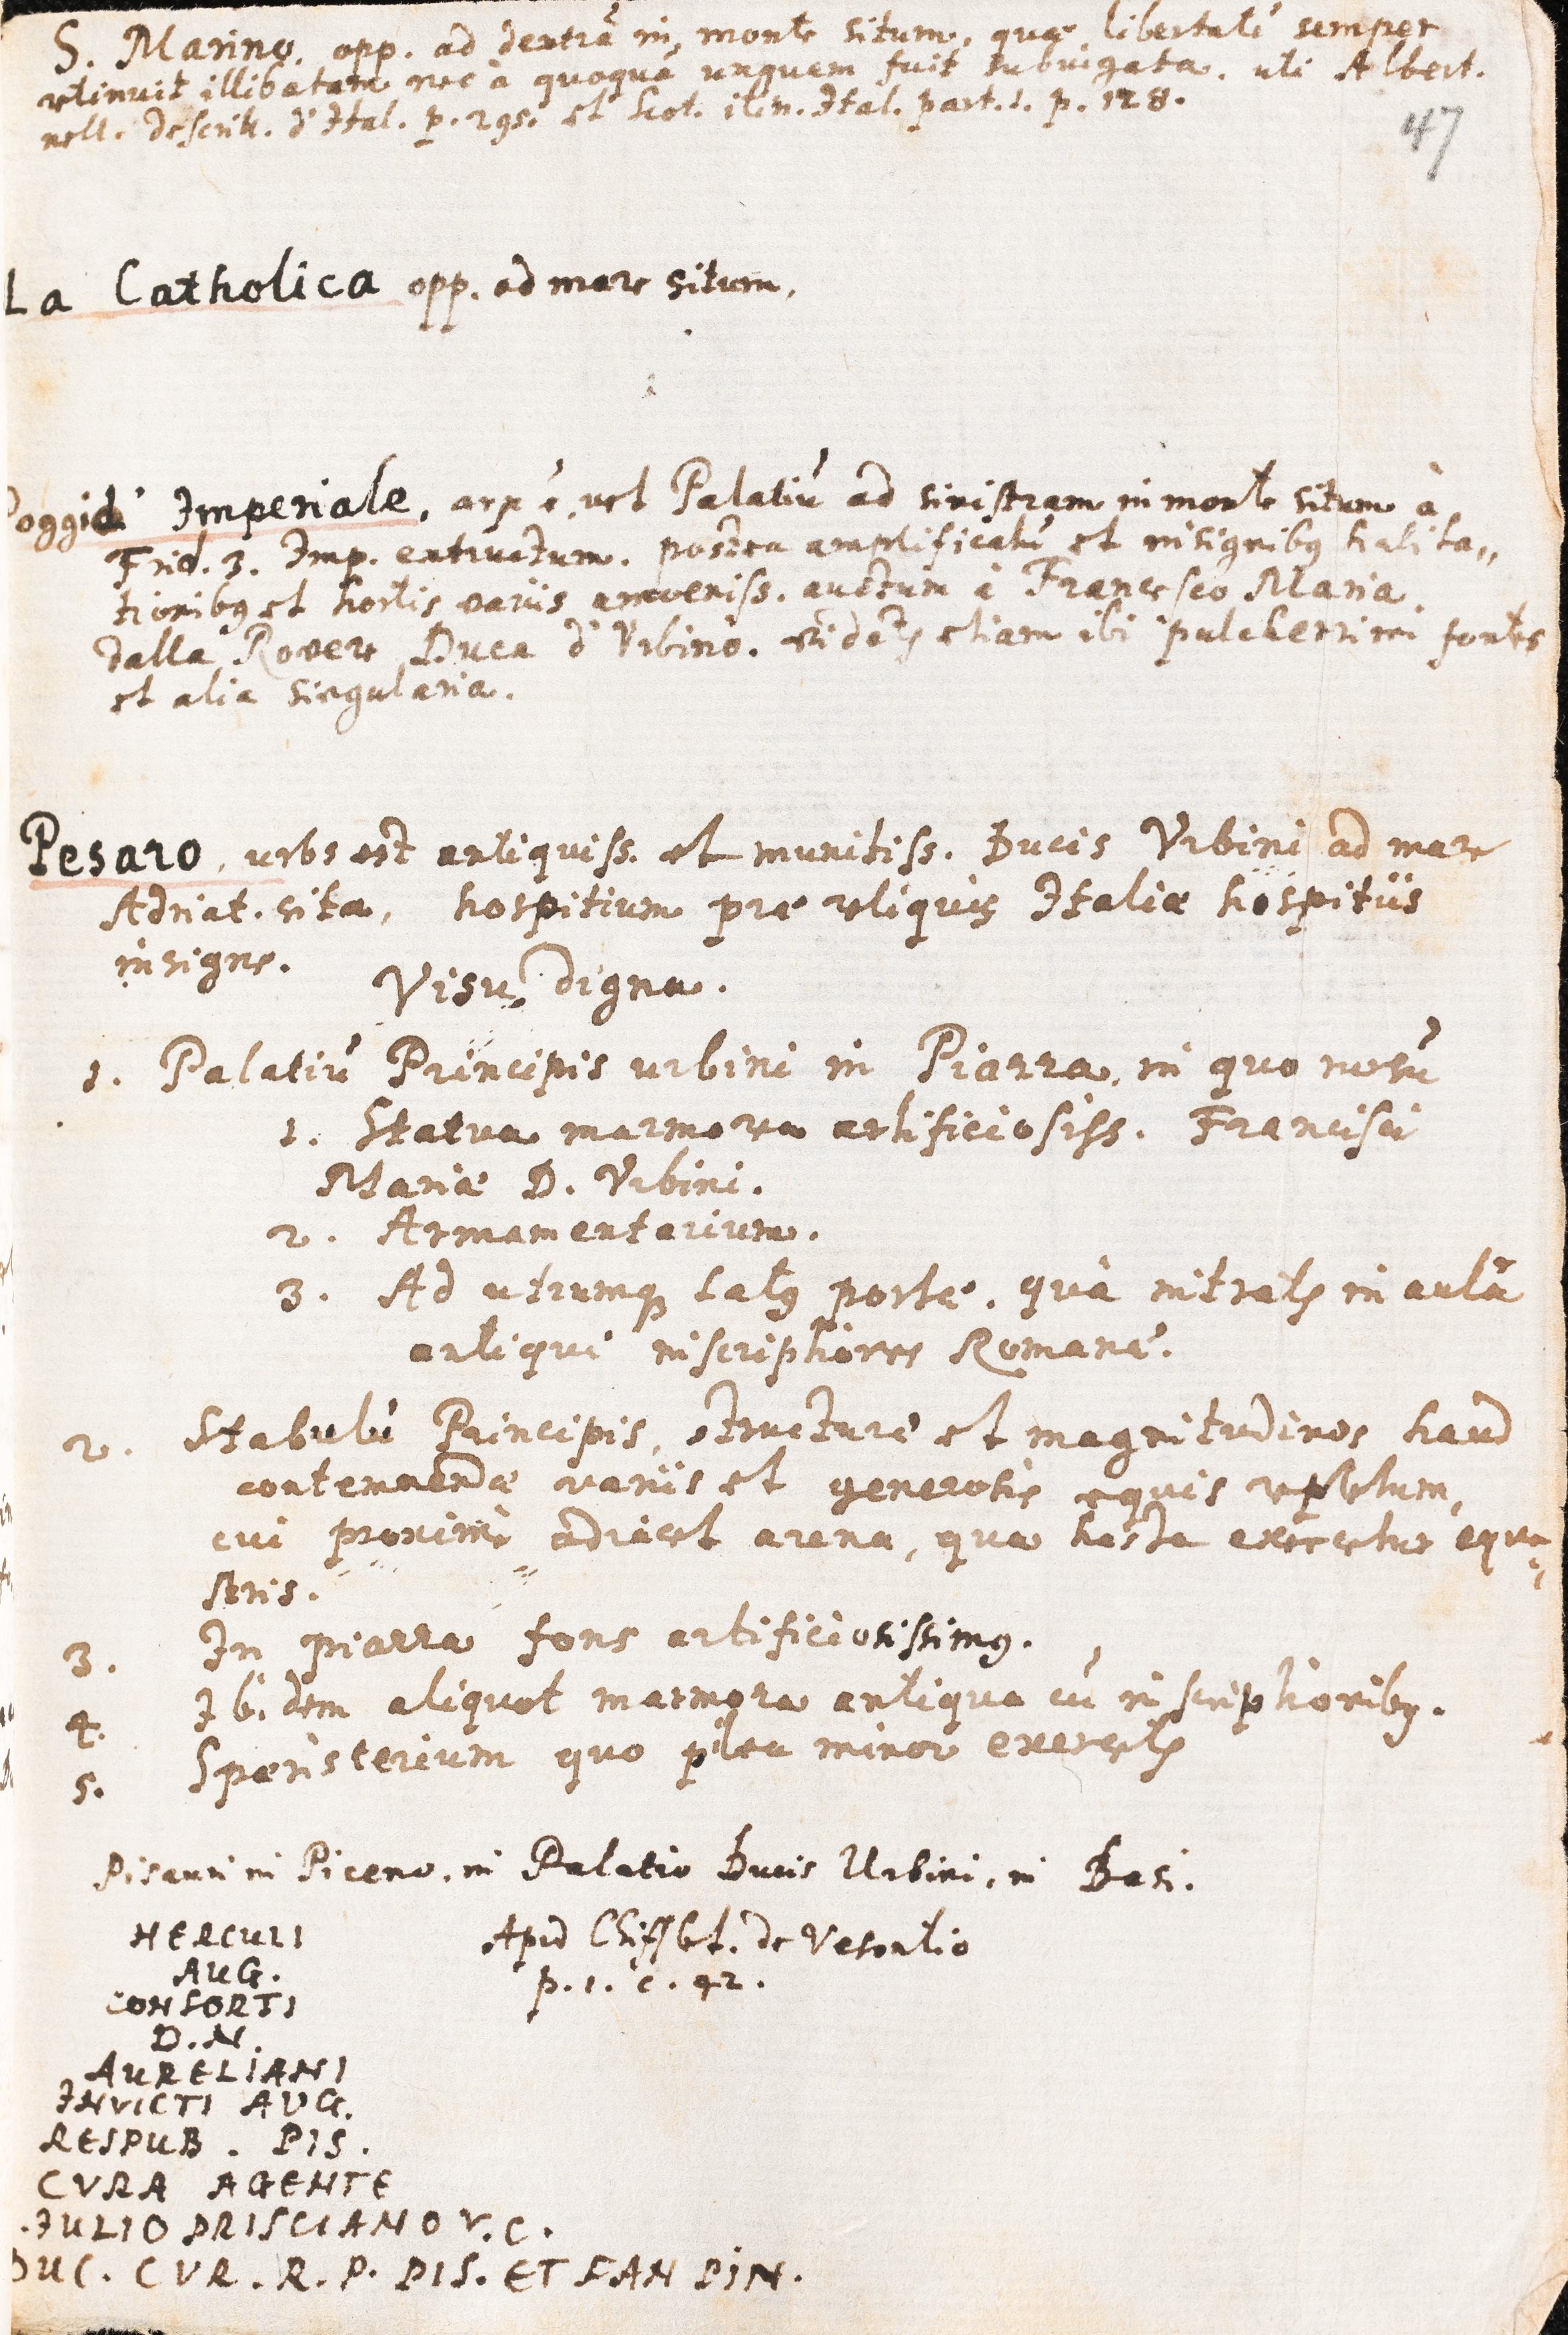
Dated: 1621–1621